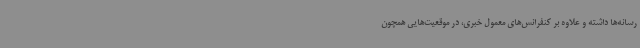
رسانه‌ها داشته و علاوه بر کنفرانس‌های معمول خبری، در موقعیت‌هایی همچون